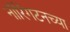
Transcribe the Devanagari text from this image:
नॉरिंगटनच्या